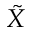
\tilde { X }